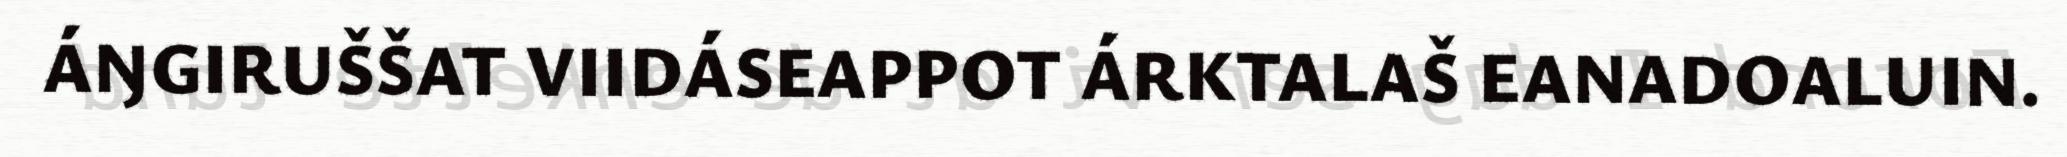
ÁŊGIRUŠŠAT VIIDÁSEAPPOT ÁRKTALAŠ EANADOALUIN.